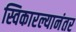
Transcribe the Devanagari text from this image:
स्विकारल्यानंतर